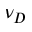
\nu _ { D }